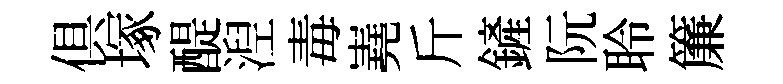
俱塚醍湼毒嶤斤鏟阮聆簾